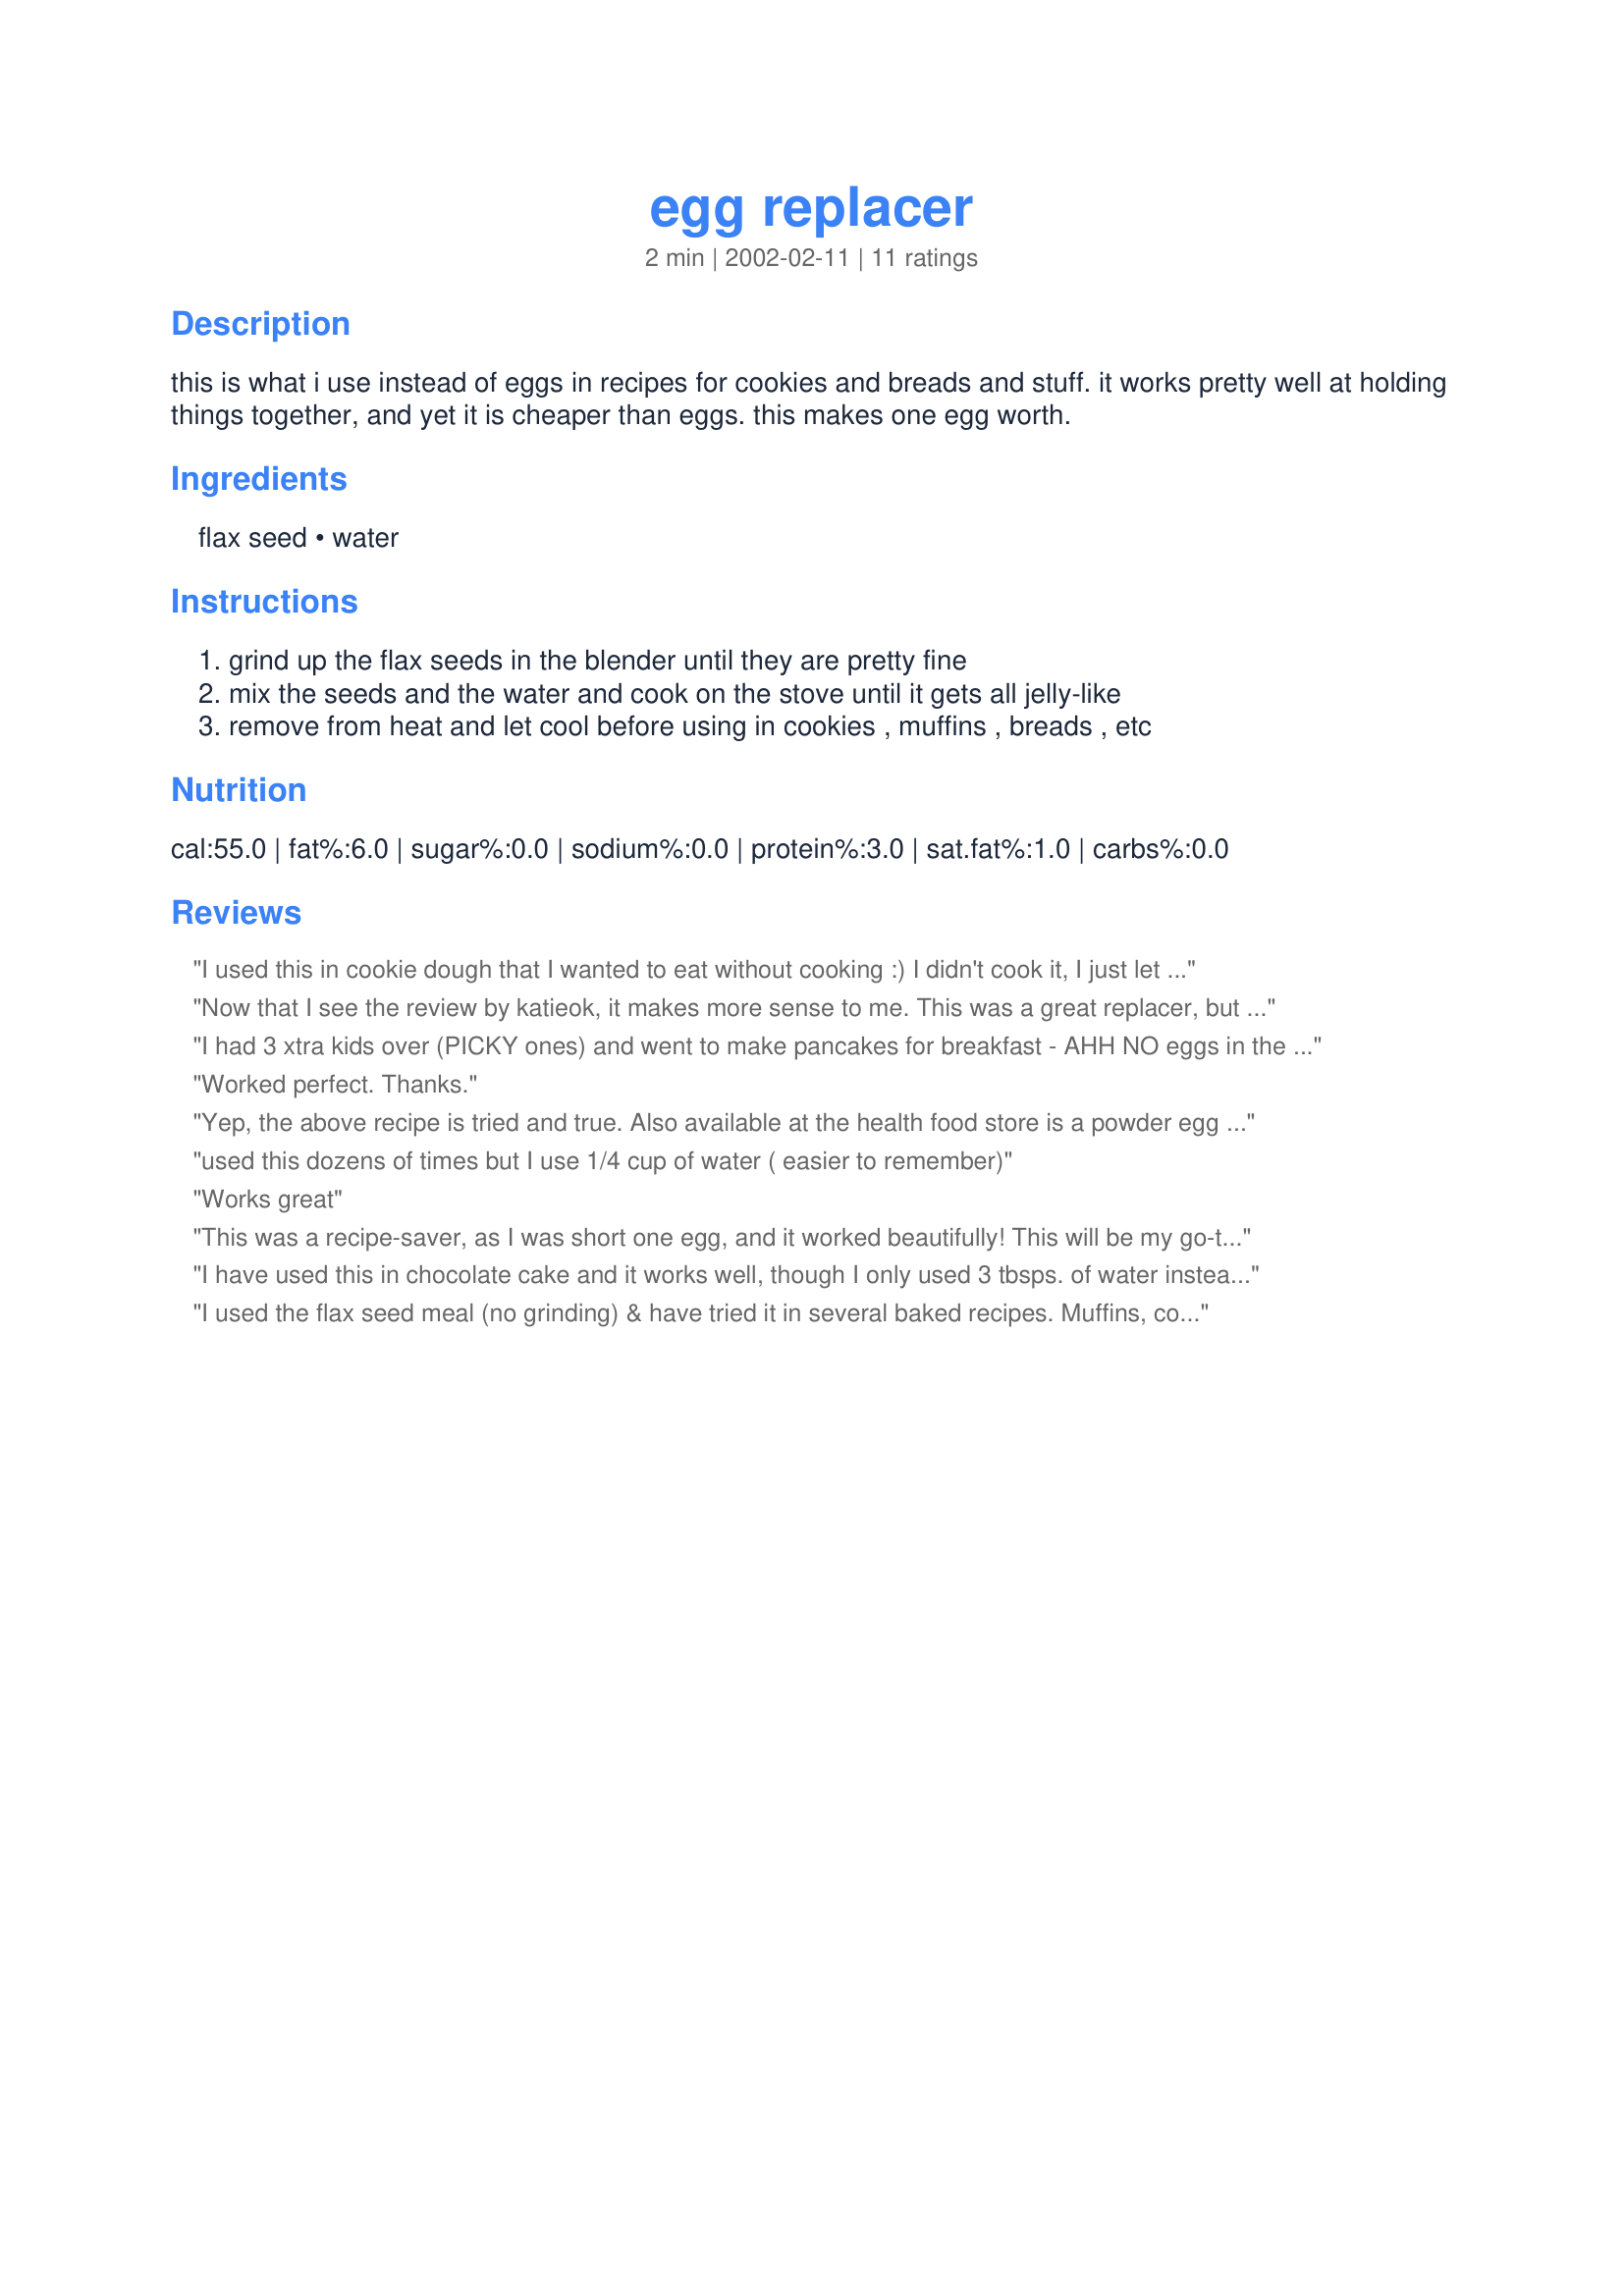
egg replacer
Preparation time: 2 minutes

this is what i use instead of eggs in recipes for cookies and breads and stuff. it works pretty well at holding things together, and yet it is cheaper than eggs. this makes one egg worth.

Ingredients:
flax seed, water

Steps:
grind up the flax seeds in the blender until they are pretty fine, mix the seeds and the water and cook on the stove until it gets all jelly-like, remove from heat and let cool before using in cookies , muffins , breads , etc

Reviews:
I used this in cookie dough that I wanted to eat without cooking :) I didn't cook it, I just let the ground flax sit in hot tap water for about 10 mins before I added it to the other ingredients. I can't taste the difference and it helps to know that at least there is one thing in the cookie dough that is good for me :D
Now that I see the review by katieok, it makes more sense to me. This was a great replacer, but I had to double the cooking time on some cookies that I was making for Recipe #307446.
I had 3 xtra kids over (PICKY ones) and went to make pancakes for breakfast - AHH NO eggs in the house!- with ice outside I went to Zaar for help. I found this recipe and it works PERFECTLY! I have only used flaxseed in a granola recipe that I made months ago, so I was thrilled to find this and have it work. I used milled flaxseed and heated it until bubbley, let it cool and added it to the pancake mix. All of the kids devoured it and gave it a 5 star rating which is a miracle. THANK YOU for an easy fix, and to anyone who is afraid to try this please don't be, as I am a NOVICE cook! :)
Worked perfect. Thanks.
Yep, the above recipe is tried and true. Also available at the health food store is a powder egg replacer available boxed, don't know what is in it, starch of some kind, I think. . . .
used this dozens of times but I use 1/4 cup of water ( easier to remember)
Works great
This was a recipe-saver, as I was short one egg, and it worked beautifully! This will be my go-to egg replacer! Thanks, pollen!
I have used this in chocolate cake and it works well, though I only used 3 tbsps. of water instead of the 5. Thanks for posting, it beats using eggs all the time.
I used the flax seed meal (no grinding) & have tried it in several baked recipes. Muffins, cookies, pancakes. I have had to lengthen the cooking time on all recipes but it is worth it. Great substitute.
I only used 3 T water instead of 5 and did not boil it first - just added it to the yeast bread dough and went on. Turned out great. I would not skip the boiling if you arent making a yeast bread.
